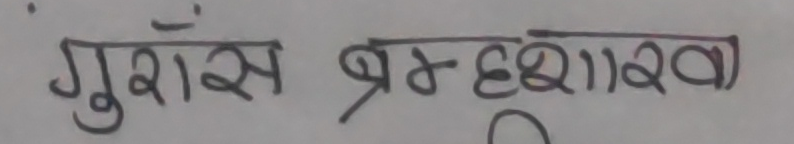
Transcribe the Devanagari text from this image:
गुराँस भ्रम दृश्यावली